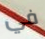
في